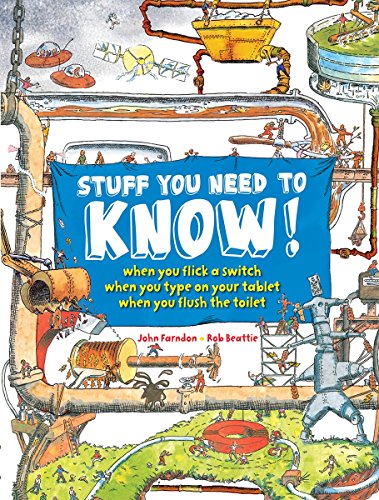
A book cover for Stuff You Need to Know!; John Farndon; Reference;